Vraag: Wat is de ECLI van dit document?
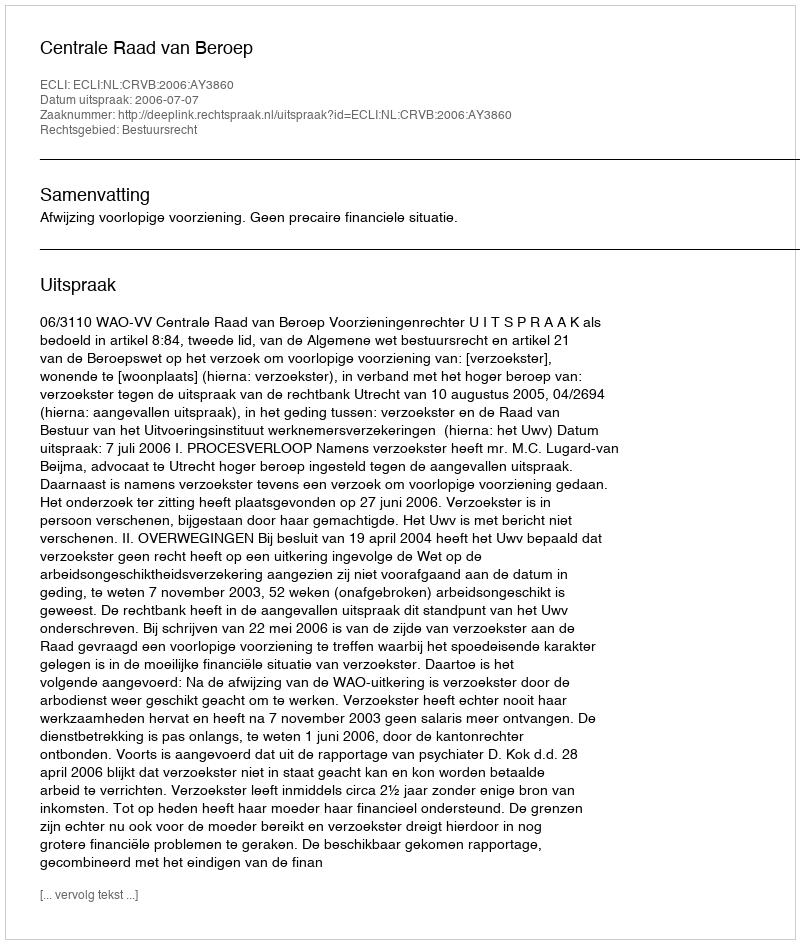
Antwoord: ECLI:NL:CRVB:2006:AY3860